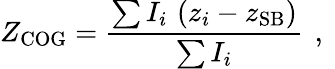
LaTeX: Z_{\mathrm{COG}}=\frac{\sum I_{i}\, \left(z_{i}-z_{\mathrm{SB}}\right)}{\sum I_{i}}\, \mathrm{~,~}